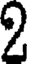
2